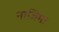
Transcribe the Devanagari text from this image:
नाजिमा